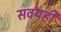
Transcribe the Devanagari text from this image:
सवयही